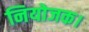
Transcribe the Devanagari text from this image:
नियोजक।